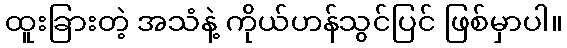
ထူးခြားတဲ့ အသံနဲ့ ကိုယ်ဟန်သွင်ပြင် ဖြစ်မှာပါ။